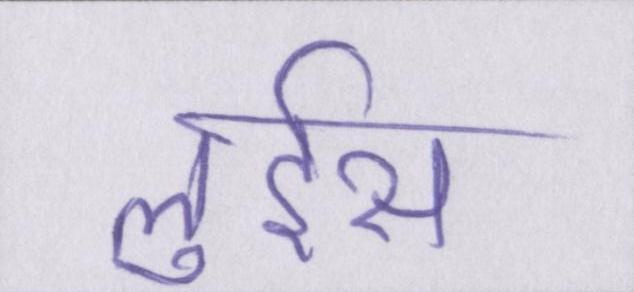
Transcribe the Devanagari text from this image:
लुईस